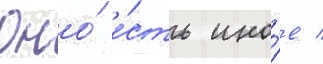
Оно́ е́сть ино́е /